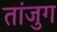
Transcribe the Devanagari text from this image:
तांजुग